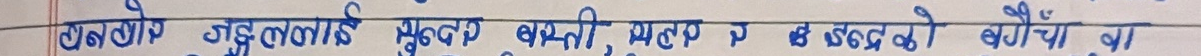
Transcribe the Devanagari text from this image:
हानलागि गृहलाई सुलभ बस्ती, मलप ₹ इ इठ्ठको बगैंचा वा